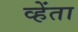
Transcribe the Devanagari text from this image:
व्हेंता